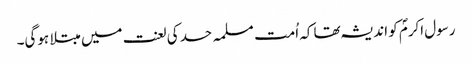
رسول اکرمؐ کو اندیشہ تھا کہ اُمت مسلمہ حسد کی لعنت میں مبتلا ہوگی۔